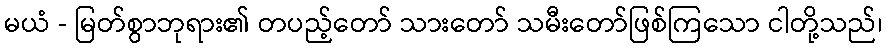
မယံ - မြတ်စွာဘုရား၏ တပည့်တော် သားတော် သမီးတော်ဖြစ်ကြသော ငါတို့သည်၊